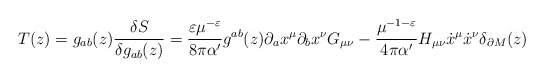
\begin{align*}T(z) = g_{ab}(z) \frac{\delta S}{\delta g_{ab}(z)} =\frac{\varepsilon\mu^{-\varepsilon}}{8\pi\alpha'}g^{ab}(z)\partial_ax^\mu\partial_bx^\nu G_{\mu\nu}-\frac{\mu^{-1-\varepsilon}}{4\pi\alpha'} H_{\mu\nu} \dot{x}^\mu\dot{x}^\nu \delta_{\partial M}(z)\end{align*}